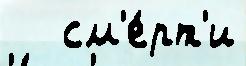
   см'е́рт'и